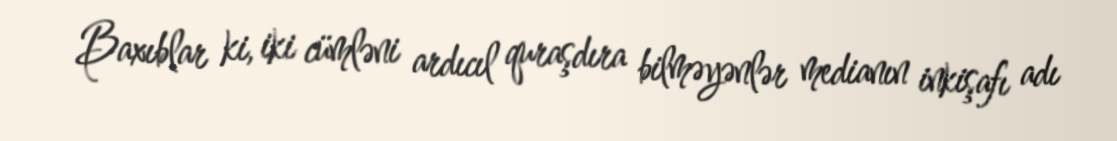
Baxıblar ki, iki cümləni ardıcıl quraşdıra bilməyənlər medianın inkişafı adı